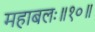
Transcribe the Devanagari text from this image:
महाबलः॥१०॥